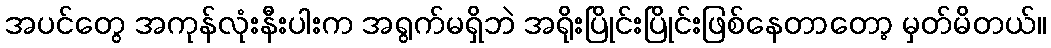
အပင်တွေ အကုန်လုံးနီးပါးက အရွက်မရှိဘဲ အရိုးပြိုင်းပြိုင်းဖြစ်နေတာတော့ မှတ်မိတယ်။